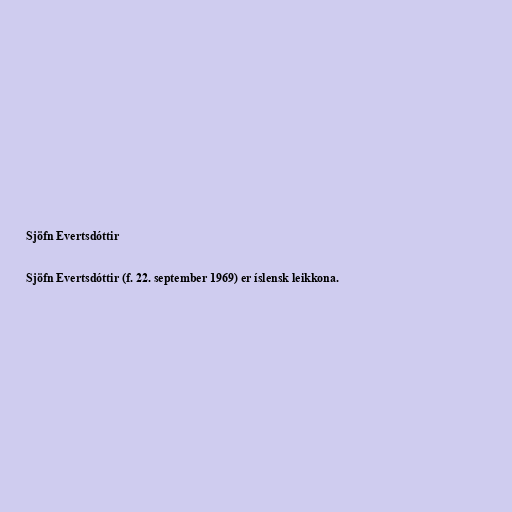
Sjöfn Evertsdóttir

Sjöfn Evertsdóttir (f. 22. september 1969) er íslensk leikkona.